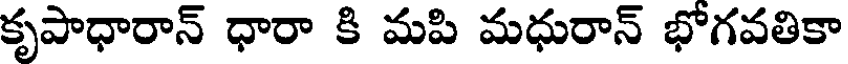
కృపాధారాన్ ధారా కి మపి మధురాన్ భోగవతికా